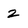
Character: 2